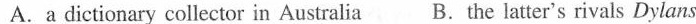
A.a dictionary collector in Australia B.the latter's rivals Dylans